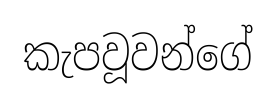
කැපවූවන්ගේ